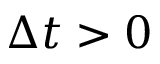
\Delta t > 0